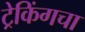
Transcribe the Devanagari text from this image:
ट्रेकिंगचा